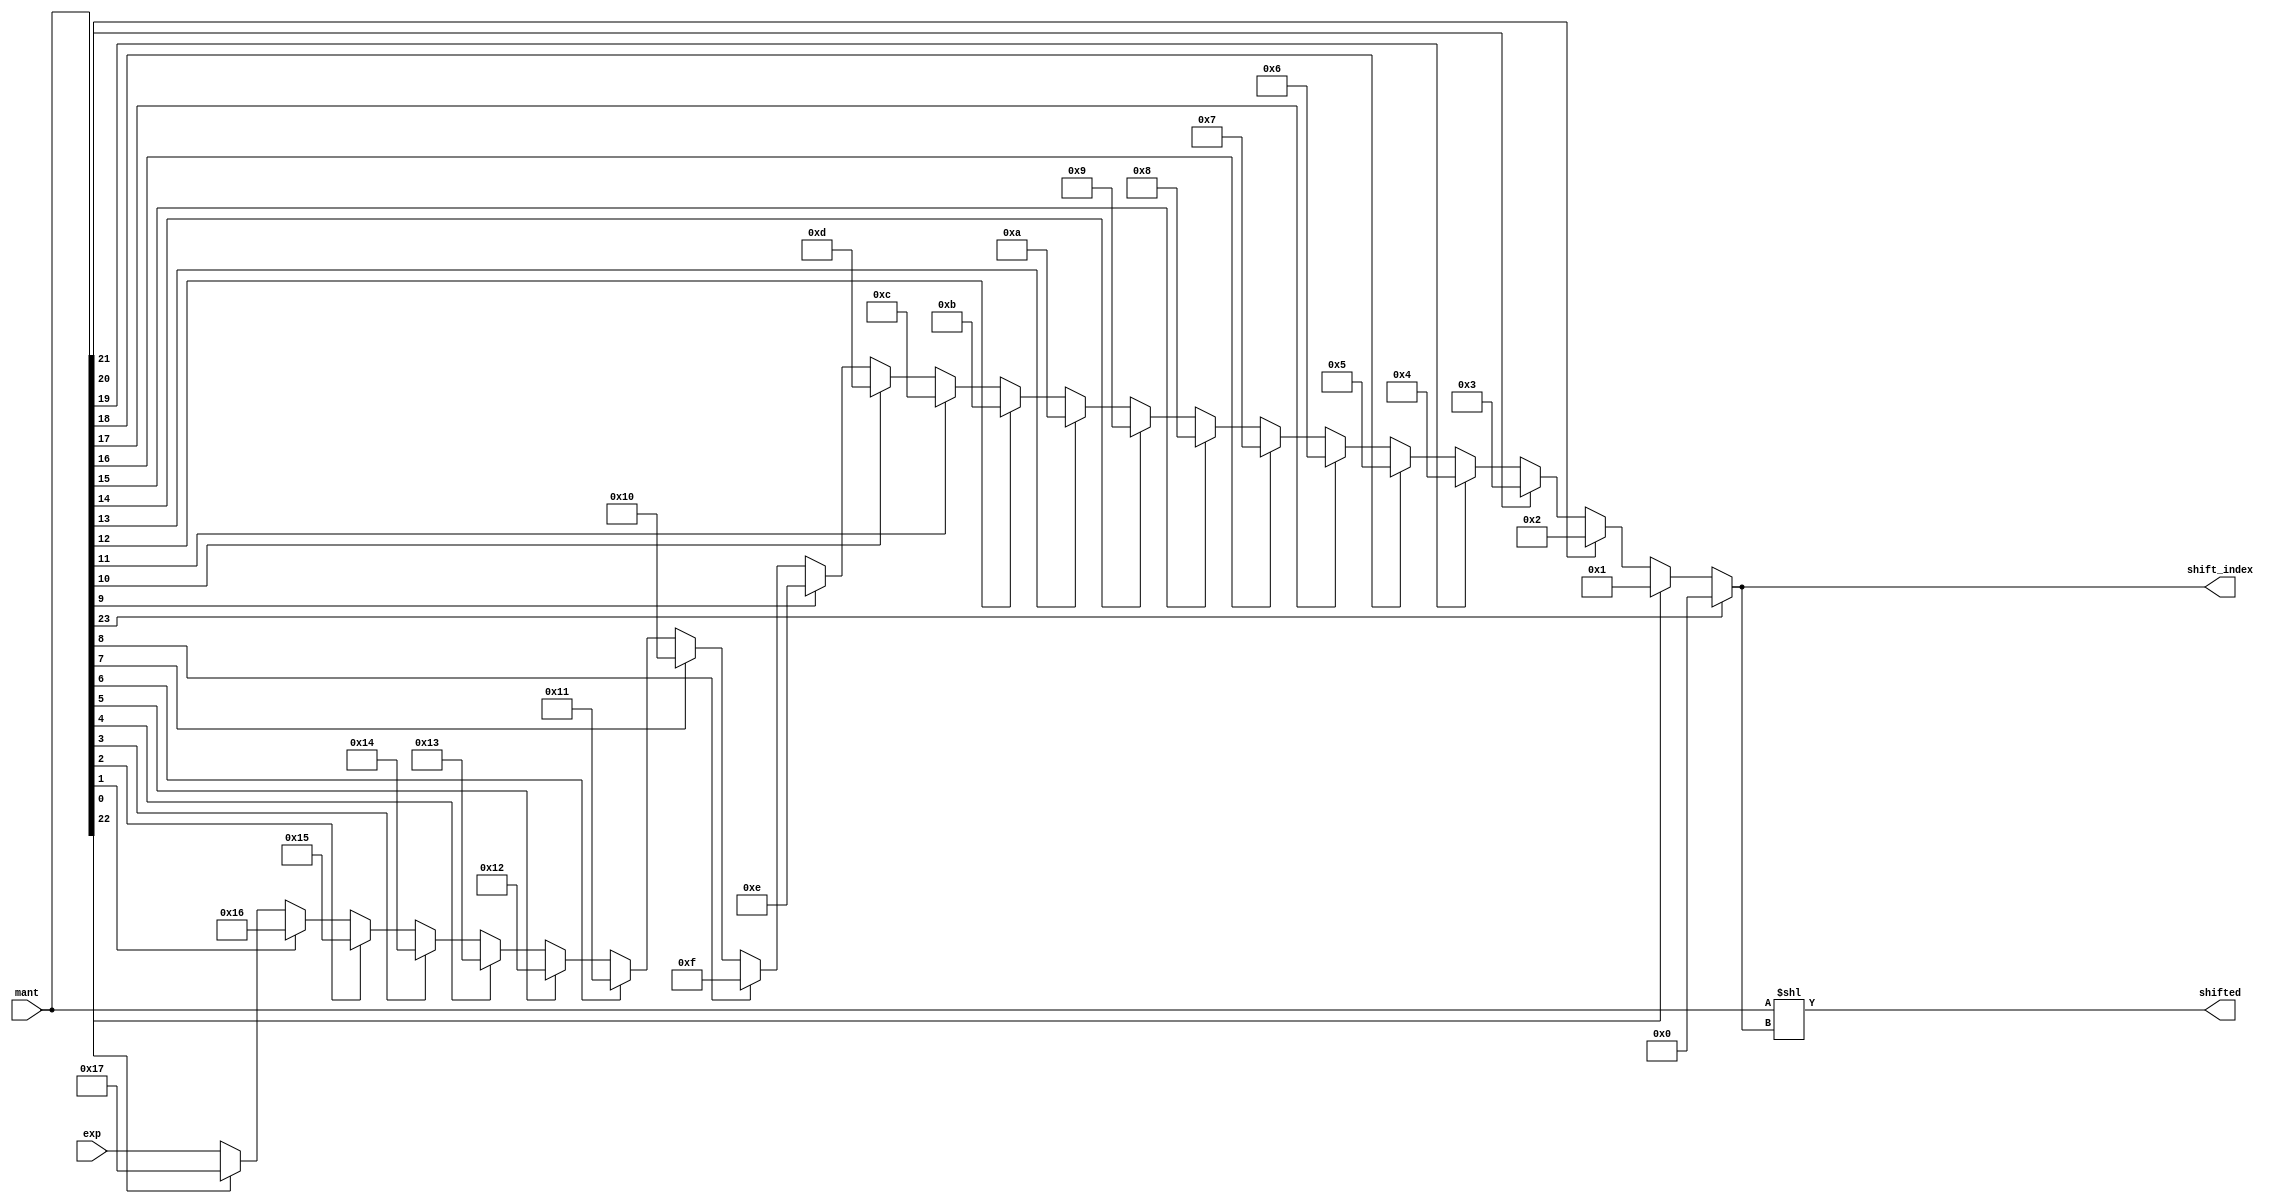
`timescale 1ns / 1ps
//////////////////////////////////////////////////////////////////////////////////
// Company: 
// Engineer: 
// 
// Design Name: 
// Module Name: mantshift
// Project Name: 
// Target Devices: 
// Tool Versions: 
// Description: 
// 
// Dependencies: 
// 
// Revision:
// Revision 0.01 - File Created
// Additional Comments:
// 
//////////////////////////////////////////////////////////////////////////////////


module mantshift(exp, mant, shifted, shift_index );
parameter m = 8, n = 23;
    input [m-1:0] exp;
    input [n+1:0] mant;
    output reg [m-1:0] shift_index;
    output reg [n+1:0] shifted;
    reg [n+1:0] target;
    reg [$clog2(n)-1:0] cnt;
    always@(mant, exp) begin target = mant;
    shift_index = exp;
    for(cnt = 0; cnt < n+1; cnt = cnt + 1)begin
        if (target[cnt]) shift_index = n - cnt;
    end
    shifted = mant << shift_index;
    end
endmodule